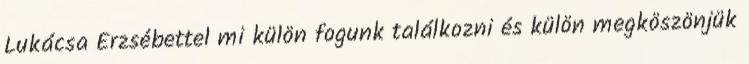
Lukácsa Erzsébettel mi külön fogunk találkozni és külön megköszönjük